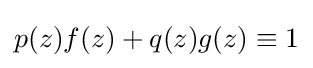
p(z)f(z)+q(z)g(z)\equiv 1